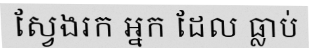
ស្វែងរក អ្នក ដែល ធ្លាប់